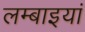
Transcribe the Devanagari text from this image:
लम्बाइयां